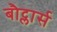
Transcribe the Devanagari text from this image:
बौट्लार्स